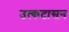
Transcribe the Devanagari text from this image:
उत्कटासन